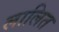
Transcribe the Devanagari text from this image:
लालित